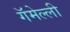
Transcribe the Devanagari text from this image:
गॅमेल्ली